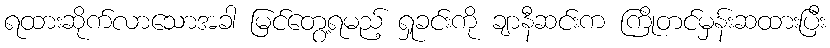
ရထားဆိုက်လာသောအခါ မြင်တွေ့ရမည့် ရှုခင်းကို ချာနီဆင်းက ကြိုတင်မှန်းဆထားပြီး